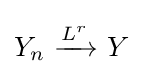
Y_{n}\ {\xrightarrow {\overset {}{L^{r}}}}\ Y